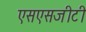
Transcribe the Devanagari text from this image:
एसएसजीटी